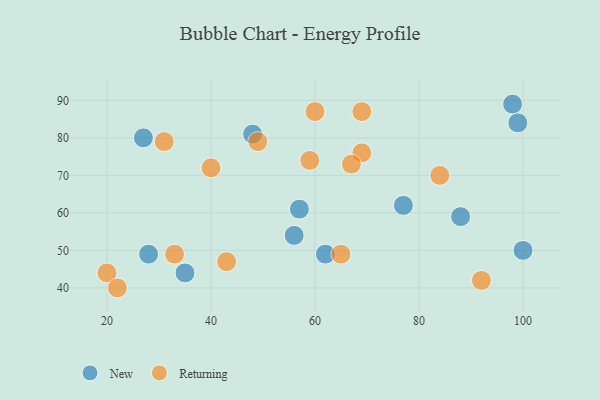
{"axis": {"x": "GDP", "y": "Life Expectancy"}, "legend": ["New", "Returning"], "data": [{"x": "98", "y": 89, "type": "New"}, {"x": "56", "y": 54, "type": "New"}, {"x": "35", "y": 44, "type": "New"}, {"x": "88", "y": 59, "type": "New"}, {"x": "62", "y": 49, "type": "New"}, {"x": "77", "y": 62, "type": "New"}, {"x": "99", "y": 84, "type": "New"}, {"x": "57", "y": 61, "type": "New"}, {"x": "28", "y": 49, "type": "New"}, {"x": "100", "y": 50, "type": "New"}, {"x": "48", "y": 81, "type": "New"}, {"x": "27", "y": 80, "type": "New"}, {"x": "84", "y": 70, "type": "Returning"}, {"x": "40", "y": 72, "type": "Returning"}, {"x": "31", "y": 79, "type": "Returning"}, {"x": "92", "y": 42, "type": "Returning"}, {"x": "69", "y": 87, "type": "Returning"}, {"x": "69", "y": 76, "type": "Returning"}, {"x": "65", "y": 49, "type": "Returning"}, {"x": "49", "y": 79, "type": "Returning"}, {"x": "43", "y": 47, "type": "Returning"}, {"x": "33", "y": 49, "type": "Returning"}, {"x": "20", "y": 44, "type": "Returning"}, {"x": "59", "y": 74, "type": "Returning"}, {"x": "22", "y": 40, "type": "Returning"}, {"x": "60", "y": 87, "type": "Returning"}, {"x": "67", "y": 73, "type": "Returning"}]}